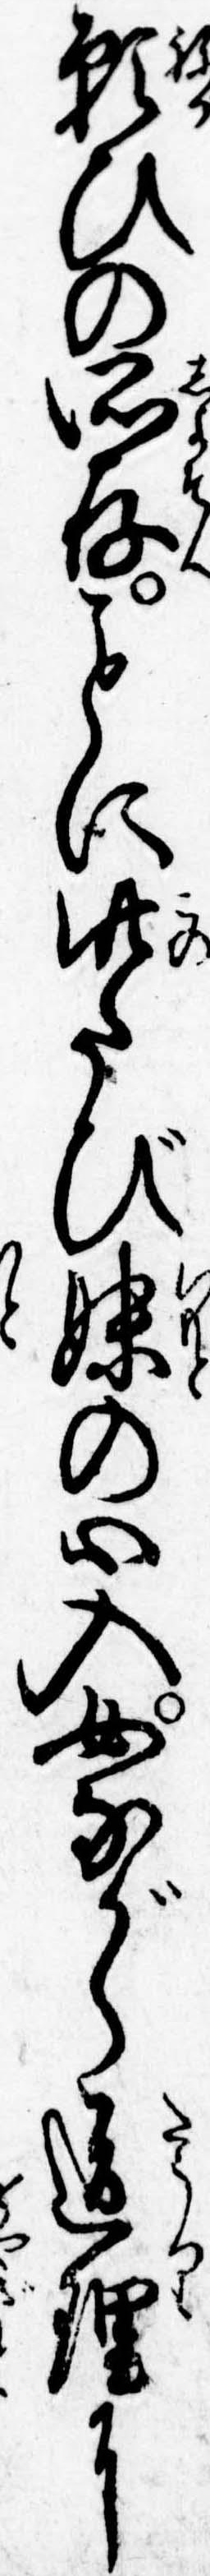
願ひの所存に此たび妹の心入女ながら道理に